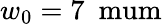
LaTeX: w_{0}=7\ \mathrm{\ mum}